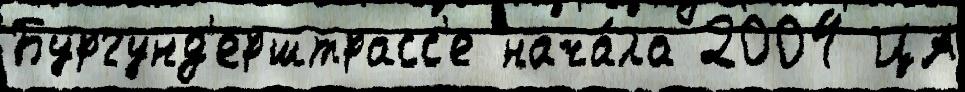
Бургунд'ерштрасс'е нача́ла 2004 ЦА